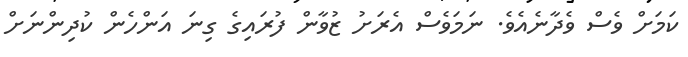
ކަމަށް ވެސް ވެދާނެއެވެ. ނަމަވެސް އެރަށު ޒުވާން ފުރައިގެ ގިނަ އަންހެން ކުދިންނަށް